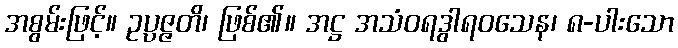
အစွမ်းဖြင့်။ ဥပ္ပဇ္ဇတိ၊ ဖြစ်၏။ အဋ္ဌ အသံဝရဒွါရဝသေန၊ ၈-ပါးသော